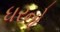
ધરનો